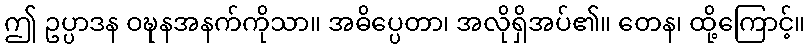
ဤ ဥပ္ပာဒန ဝဍ္ဎနအနက်ကိုသာ။ အဓိပ္ပေတာ၊ အလိုရှိအပ်၏။ တေန၊ ထို့ကြောင့်။